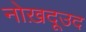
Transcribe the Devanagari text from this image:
नोख़दूउद